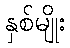
နှစ်မျိုး